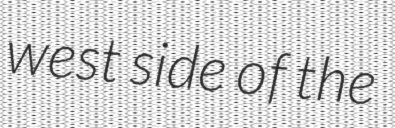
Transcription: west side of the